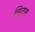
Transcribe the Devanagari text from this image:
व्हिटाल